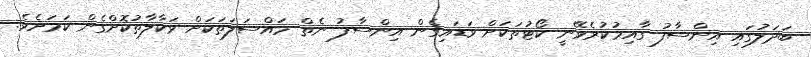
ބަދަލުގައި އިންސާފު ގާއިމުކުރެވޭނީ ކޯޓުތަކަށް ވަޑައިގެން އިންސާފު ނެތް މައްސަލަތަކަށް ވަކާލާތުކޮށްގެން ކަމަށެވެ.